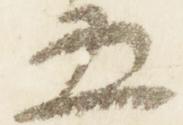
五